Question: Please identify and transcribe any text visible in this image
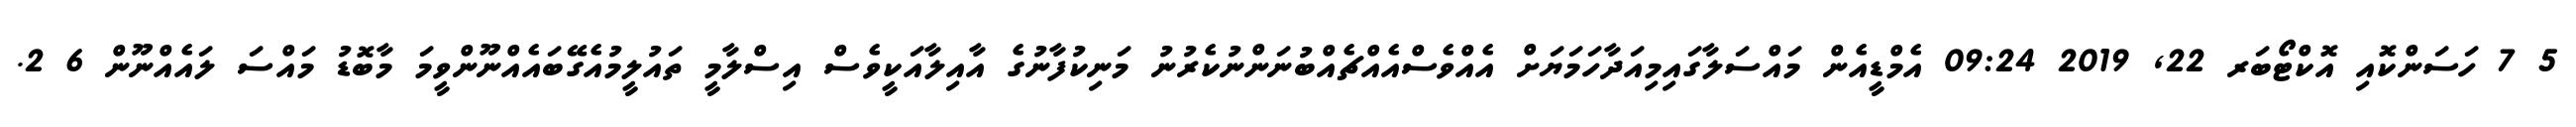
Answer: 5 7 ހަސަންކޮއި އޮކްޓޯބަރ 22, 2019 09:24 އެމްޑީއެން މައްސަލާގައިމިއަދާހަމަޔަށް އެއްވެސްއެއްޗެއްބުނަންނުކެރުނު މަނިކުފާނުގެ އާއިލާއަކީވެސް އިސްލާމީ ތައުލީމުއެގޭބައެއްނޫންވީމަ މާބޮޑު މައްސަ ލައެއްނޫން 6 2.